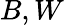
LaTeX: B,W